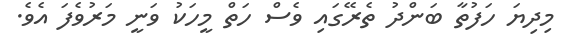
މިދިޔަ ހަފުތާ ބަންދު ތެރޭގައި ވެސް ހަތް މީހަކު ވަނީ މަރުވެފަ އެވެ.